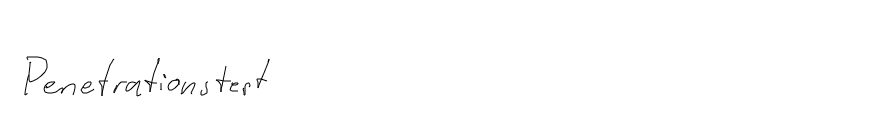
Penetrationstest